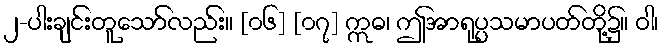
၂-ပါးချင်းတူသော်လည်း။ [၀၆] [၀၇] ဣဓ၊ ဤအာရုပ္ပသမာပတ်တို့၌။ ဝါ၊